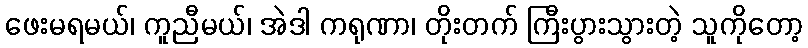
ဖေးမရမယ်၊ ကူညီမယ်၊ အဲဒါ ကရုဏာ၊ တိုးတက် ကြီးပွားသွားတဲ့ သူကိုတော့